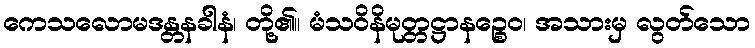
ကေသလောမဒန္တနခါနံ၊ တို့၏။ မံသဝိနိမုတ္တဋ္ဌာနဉ္စေဝ၊ အသားမှ လွတ်သော